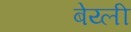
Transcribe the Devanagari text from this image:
बेय्ली